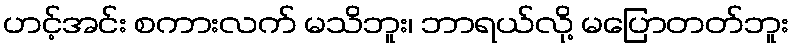
ဟင့်အင်း စကားလက် မသိဘူး၊ ဘာရယ်လို့ မပြောတတ်ဘူး